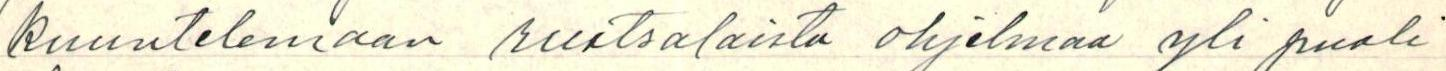
kuuntelemaan ruotsalaista ohjelmaa yli puoli